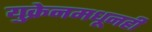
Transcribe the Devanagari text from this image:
युक्रेनमधूनही